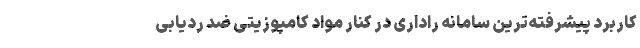
کاربرد پیشرفته‌ترین سامانه راداری در کنار مواد کامپوزیتی ضد ردیابی